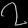
Digit: ၇